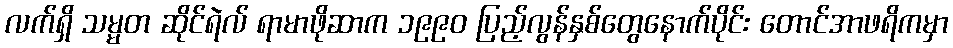
လက်ရှိ သမ္မတ ဆိုင်ရဲလ် ရာမာဖိုဆာက ၁၉၉၀ ပြည့်လွန်နှစ်တွေနောက်ပိုင်း တောင်အာဖရိကမှာ